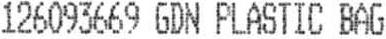
126093669 GDN PLASTIC BAG